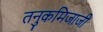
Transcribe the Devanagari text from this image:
तनुकमिजाजी